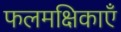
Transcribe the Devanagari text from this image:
फलमक्षिकाएँ